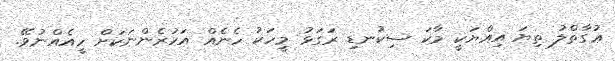
ޢުގާތްލު ތިޔަ އިއްޔަކީ މާކަ ސިކުނޑި ރަގަޅު މީހަކު ހެނެއް އަހުރެންނަކަށް ހީއެއްނުވޭ.